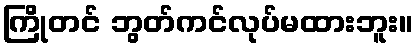
ကြိုတင် ဘွတ်ကင်လုပ်မထားဘူး။